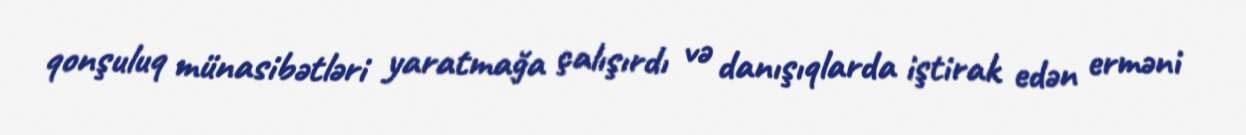
qonşuluq münasibətləri yaratmağa çalışırdı və danışıqlarda iştirak edən erməni